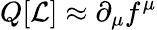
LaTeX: Q[{\mathcal{L}}]\approx\partial_{\mu}f^{\mu}